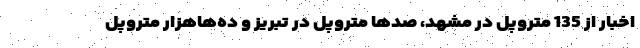
اخبار از 135 متروپل در مشهد، صدها متروپل در تبریز و ده‌هاهزار متروپل